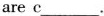
are c___.